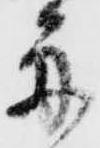
舟